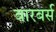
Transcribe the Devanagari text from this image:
बारबर्स